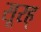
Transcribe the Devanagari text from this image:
सूरह्